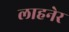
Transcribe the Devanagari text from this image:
लाहनेर